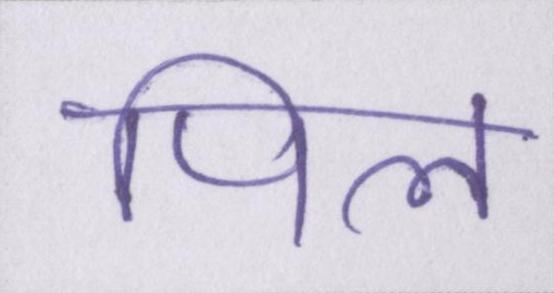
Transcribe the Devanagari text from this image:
पिल